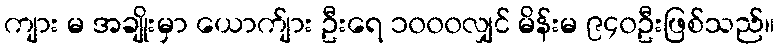
ကျား မ အချိုးမှာ ယောက်ျား ဦးရေ ၁၀၀၀လျှင် မိန်းမ ၉၄၀ဦးဖြစ်သည်။